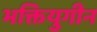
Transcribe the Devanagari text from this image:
भक्तियुगीन